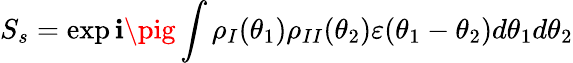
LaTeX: S_{s}=\exp\mathbf{i}\pig\int\rho_{I}(\theta_{1})\rho_{II}(\theta_{2})\varepsilon(\theta_{1}-\theta_{2})d\theta_{1}d\theta_{2}